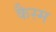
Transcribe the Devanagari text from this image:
कैस्म